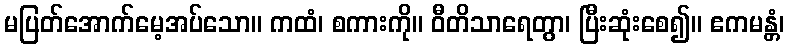
မပြတ်အောက်မေ့အပ်သော။ ကထံ၊ စကားကို။ ဝီတိသာရေတွာ၊ ပြီးဆုံးစေ၍။ ဧကမန္တံ၊